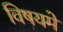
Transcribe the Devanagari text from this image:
विषयमे